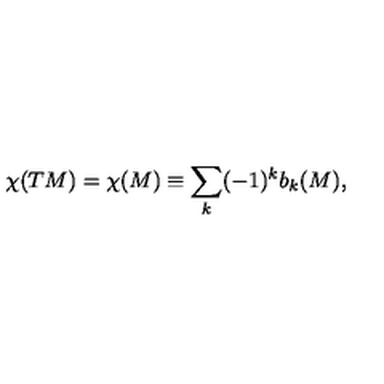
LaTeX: \chi ( T M ) = \chi ( M ) \equiv \sum _ { k } ( - 1 ) ^ { k } b _ { k } ( M ) ,